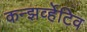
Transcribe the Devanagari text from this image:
कन्झर्व्हेटिव